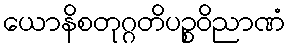
ယောနိစတုဂ္ဂတိပဉ္စဝိညာဏံ